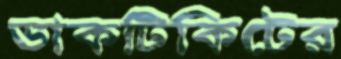
ডাকটিকিটের